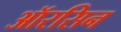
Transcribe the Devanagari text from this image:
ऑरसिन